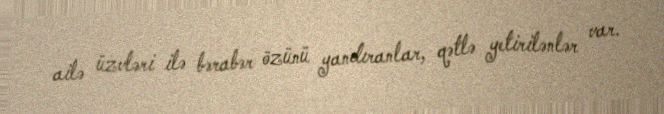
ailə üzvləri ilə bərabər özünü yandıranlar, qətlə yetirilənlər var.